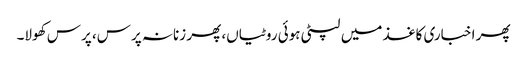
پھر اخباری کاغذ میں لپٹی ہوئی روٹیاں، پھر زنانہ پرس، پرس کھولا۔